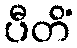
ပီတိံ